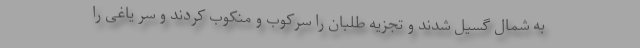
به شمال گسیل شدند و تجزیه طلبان را سرکوب و منکوب کردند و سر یاغی را